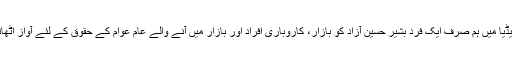
گزشتہ کئی سالوں سے میڈیا میں ہم صرف ایک فرد بشیر حسین آزاد کو بازار، کاروباری افراد اور بازار میں آنے والے عام عوام کے حقوق کے لئے آواز اُٹھاتے ہوئے دیکھ رہے ہیں۔